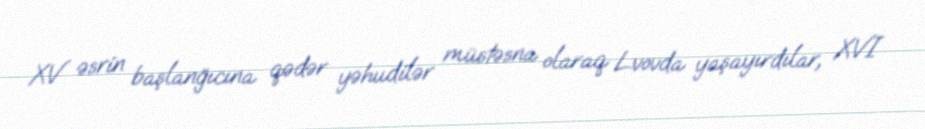
XV əsrin başlanğıcına qədər yəhudilər müstəsna olaraq Lvovda yaşayırdılar, XVI